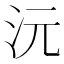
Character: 沅